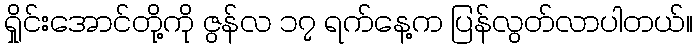
ရှိုင်းအောင်တို့ကို ဇွန်လ ၁၇ ရက်နေ့က ပြန်လွတ်လာပါတယ်။